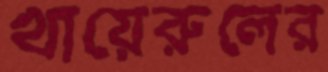
খায়েরুলের